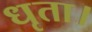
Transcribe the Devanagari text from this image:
धृता।